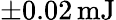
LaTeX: \pm 0.02\, \mathrm{mJ}